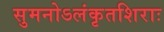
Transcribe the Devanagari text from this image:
सुमनोऽलंकृतशिराः